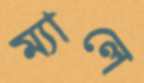
ম্যালে